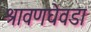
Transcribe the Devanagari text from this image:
श्रावणघेवडा